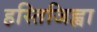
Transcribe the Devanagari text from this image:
हस्तिजिह्वा